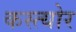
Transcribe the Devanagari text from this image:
कस्त्योर